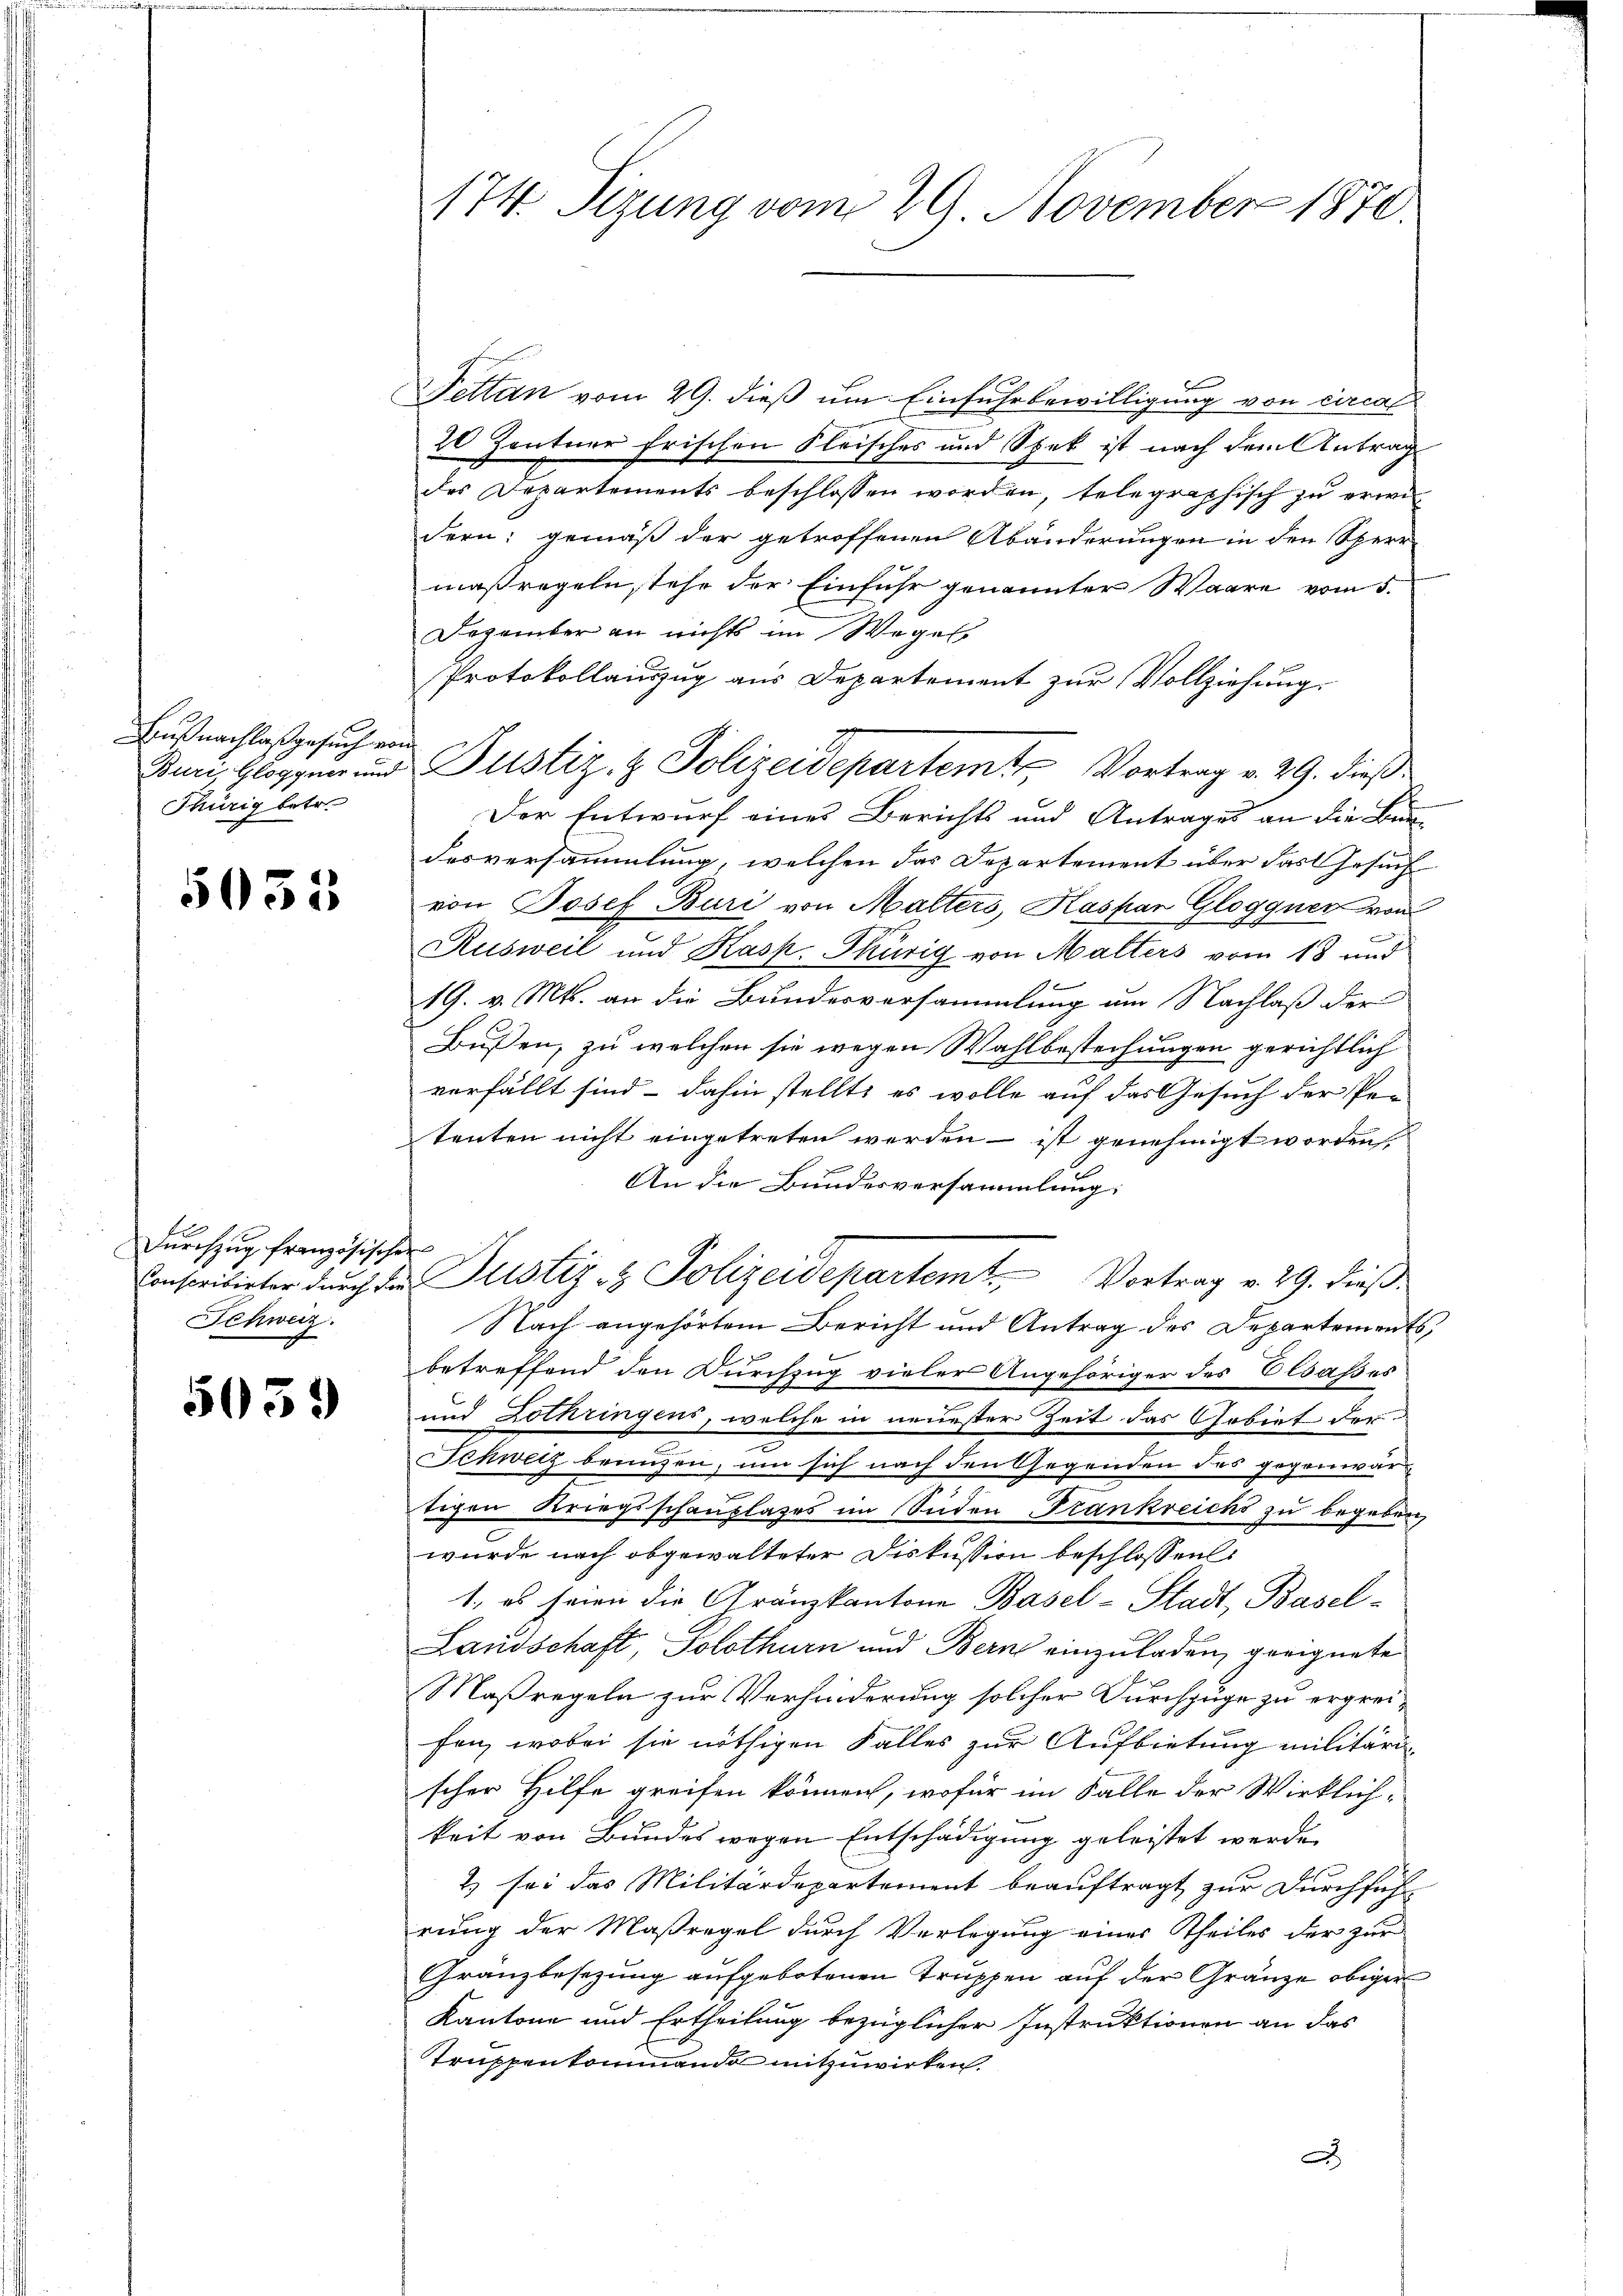
Bußnachlaßgesuch er
Thürig betr.

5031

Durchzug französische
Schweiz.

5039

174. Sizung vom 29 November 1870.

Pettan vom 29. dieß um Einfuhrbewilligung von circal
20 Zentner frischen Fleisches und Spek ist nach dem Antrag
des Departements beschlossen worden, telegraphisch zu erwi
dern; gemäß der getroffenen Abänderungen in den Sperr
maßregeln stehe der Einfuhr genannter Waare vom 5.
Dozainter an nichts im Wegel
Protokollauszug aus Departement zur Vollziehung.
Art.
Der Entwurf eines Berichts und Antrages an die Bun-
desversammlung, welchen das Departement über das Gesuch
von Josef Buri von Malters, Kaspar Glogguer von
Rusweil und Kasp. Thürig von Malters vom 18 und
19. v. Mts. an die Bundesversammlung um Nachlaß der
Bußen, zu welchen sie wegen Wahlbestechungen gerichtlich
verfällt sind – dahin stellt, es wolle auf das Gesuch der Petenten nicht eingetreten werden – ist genehmigt worden.
An die Bundesversammlung:
Nach angehörtem Bericht und Antrag des Departements;
betreffend den Durchzug vieler Angehöriger des Elsaßes
und Lothringens, welche in neuester Zeit das Gebiet der
n
Schwitz brunzen, um sich nach den Gegenden des gegenwäre
tigen Kriegsschauplases im Süden Frankreichs zu begeben
wurde nach obgewalteter Diskussion beschlossen:
1., es seien die Granzkantone Basel-Stadt, Basel-
Landschaft, Solothurn und Bern einzuladen geeignete
Maßregeln zur Verhinderung solcher Durchzuge zu ergreifen, wobei sie nöthigen Falles zur Aufbietung militärischer Hilfe greifen können, wofür im Falle der Wirklichkeit von Bundes wegen Entschädigung geleistet werde.
2) sei das Militärdepartement beauftragt zur Durchfüh-
rung der Maßregel durch Verlegung eines Theiles der zur
Gränzbesezung aufgebotenen Truppen auf der Gränze obiger
Kantone und Ertheilung bezüglicher Instruktionen an das
Truppenkommando mitzuwirken.
A

Buri, Gloppen und Justiz- & Polizeidepartemt Vortrag v. 29. dieß

¬
Conscritirter durch die Justiz & Polizeidepartemt. Vortrag v. 29. dieß.